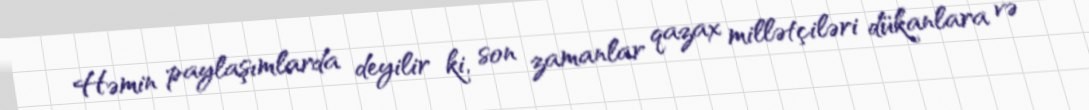
Həmin paylaşımlarda deyilir ki, son zamanlar qazax millətçiləri dükanlara və